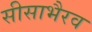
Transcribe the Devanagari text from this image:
सीसाभैरव